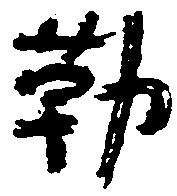
勒